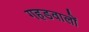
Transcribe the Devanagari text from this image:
गहडवालों